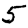
Digit: 5